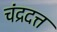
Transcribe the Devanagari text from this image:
चंद्रदत्त